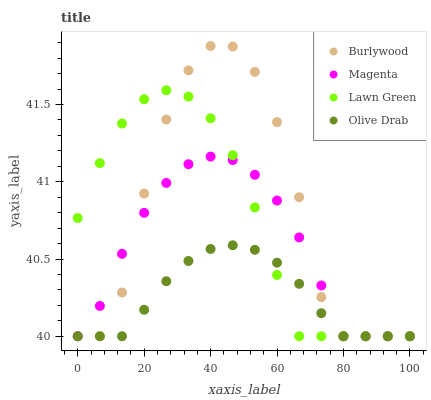
| xaxis_label | Burlywood | Magenta | Lawn Green | Olive Drab |
 | --- | --- | --- | --- | --- |
 | 0 | 40 | 40 | 40.8 | 40 |
 | 6.67 | 40 | 40.2 | 41.1 | 40 |
 | 13.3 | 40.3 | 40.5 | 41.4 | 40 |
 | 20 | 40.9 | 40.8 | 41.5 | 40.2 |
 | 26.7 | 41.4 | 41 | 41.6 | 40.4 |
 | 33.3 | 41.7 | 41.1 | 41.6 | 40.5 |
 | 40 | 41.9 | 41.2 | 41.4 | 40.6 |
 | 46.7 | 41.9 | 41.1 | 41.2 | 40.6 |
 | 53.3 | 41.7 | 41 | 40.8 | 40.6 |
 | 60 | 41.4 | 40.9 | 40.4 | 40.5 |
 | 66.7 | 40.9 | 40.6 | 40 | 40.3 |
 | 73.3 | 40.3 | 40.3 | 40 | 40.1 |
 | 80 | 40 | 40 | 40 | 40 |
 | 86.7 | 40 | 40 | 40 | 40 |
 | 93.3 | 40 | 40 | 40 | 40 |
 | 100 | 40 | 40 | 40 | 40 |